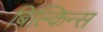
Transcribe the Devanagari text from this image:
बिल्किन्स